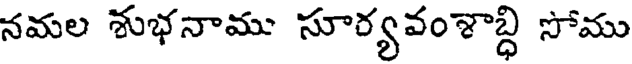
నమల శుభనాము సూర్యవంశాబ్ధి సోము